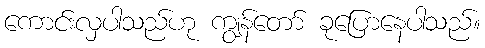
ကောင်းလှပါသည်ဟု ကျွန်တော် ခုပြောနေပါသည်။